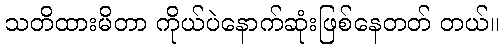
သတိထားမိတာ ကိုယ်ပဲနောက်ဆုံးဖြစ်နေတတ် တယ်။